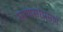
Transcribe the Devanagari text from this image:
माणसांप्रमणे